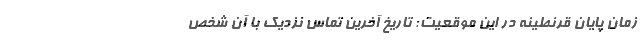
زمان پایان قرنطینه در این موقعیت: تاریخ آخرین تماس نزدیک با آن شخص